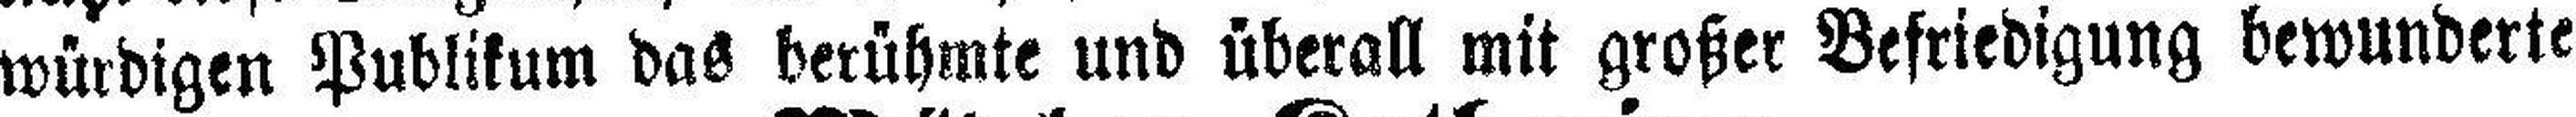
würdigen Publikum das berühmte und überall mit großer Befriedigung bewunderte